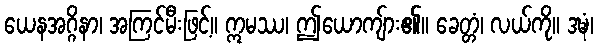
ယေနအဂ္ဂိနာ၊ အကြင်မီးဖြင့်။ ဣမဿ၊ ဤယောကျ်ား၏။ ခေတ္တံ၊ လယ်ကို။ ဒဍ္ဎံ၊